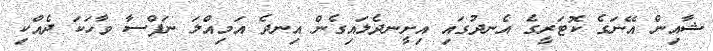
ޝާއިން އޭނަގެ ކޮޓަރީގެ އެނދުގައި އިށީނދެލައިގެން އިނދެ އަމިއްލަ ނަފްސާ ވާހަކަ ދެއްކި